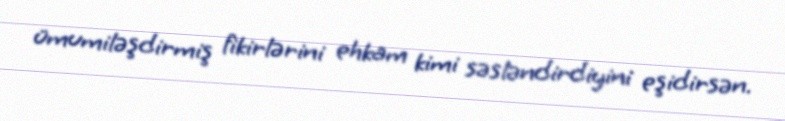
ümumiləşdirmiş fikirlərini ehkam kimi səsləndirdiyini eşidirsən.